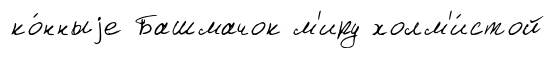
ко́нныjе Башмачок м'иру холм'и́стой